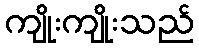
ကျိုးကျိုးသည်